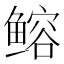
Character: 𫚦